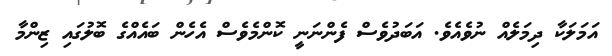
އަމަލަކާ ދިމަލެއް ނުވެއެވެ. އަބަދުވެސް ފެންނަނީ ކޮންމެވެސް އެހެން ބައެއްގެ ބޮލުގައި ޒިންމާ